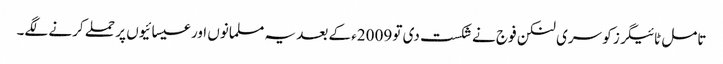
تامل ٹائیگرز کو سری لنکن فوج نے شکست دی تو 2009ء کے بعد یہ مسلمانوں اور عیسائیوں پر حملے کرنے لگے۔